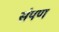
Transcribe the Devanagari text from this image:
संपण